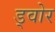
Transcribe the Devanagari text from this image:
ड्वोर